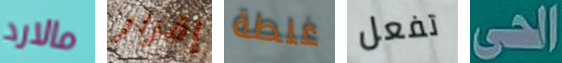
مالارد إقرار غلطة تفعل الحى